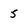
Character: 5